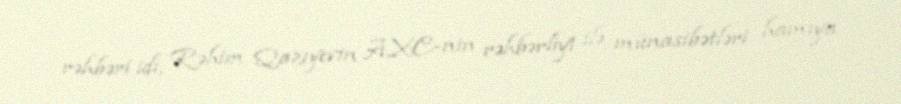
rəhbəri idi, Rəhim Qazıyevin AXC-nin rəhbərliyi ilə münasibətləri hamıya